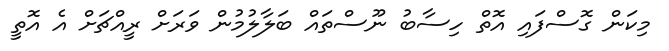
މިކަން ގޮސްފައި އޮތް ހިސާބު ނޫސްތައް ބަލާލުމުން ވަރަށް ރީއްޗަށް އެ އޮތީ